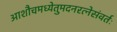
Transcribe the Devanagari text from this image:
आशौचमध्येतुमदनरत्नेसंवर्तः